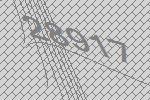
28917